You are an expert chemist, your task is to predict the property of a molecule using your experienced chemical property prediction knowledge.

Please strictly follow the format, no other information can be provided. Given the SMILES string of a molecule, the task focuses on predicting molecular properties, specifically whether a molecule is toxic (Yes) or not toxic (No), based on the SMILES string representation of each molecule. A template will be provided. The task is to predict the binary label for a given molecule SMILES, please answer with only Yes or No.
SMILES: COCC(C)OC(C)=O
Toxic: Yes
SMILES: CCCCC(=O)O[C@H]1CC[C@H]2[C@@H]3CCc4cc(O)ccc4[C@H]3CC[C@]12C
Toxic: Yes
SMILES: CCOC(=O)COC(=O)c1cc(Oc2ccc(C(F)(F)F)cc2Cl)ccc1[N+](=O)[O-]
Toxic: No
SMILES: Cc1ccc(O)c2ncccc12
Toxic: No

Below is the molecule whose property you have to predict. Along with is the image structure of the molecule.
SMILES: CCC(C)(S(=O)(=O)CC)S(=O)(=O)CC
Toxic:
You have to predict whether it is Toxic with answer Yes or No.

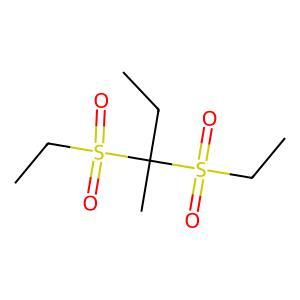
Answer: No